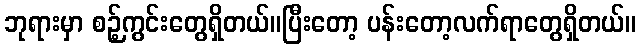
ဘုရားမှာ စဉ့်ကွင်းတွေရှိတယ်။ပြီးတော့ ပန်းတော့လက်ရာတွေရှိတယ်။